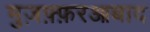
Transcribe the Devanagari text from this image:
मुज़फ़्फ़रआबाद